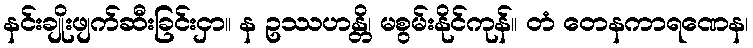
နင်းချိုးဖျက်ဆီးခြင်းငှာ။ န ဥဿဟန္တိ၊ မစွမ်းနိုင်ကုန်။ တံ တေနကာရဏေန၊